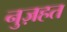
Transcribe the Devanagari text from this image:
नुज़हत